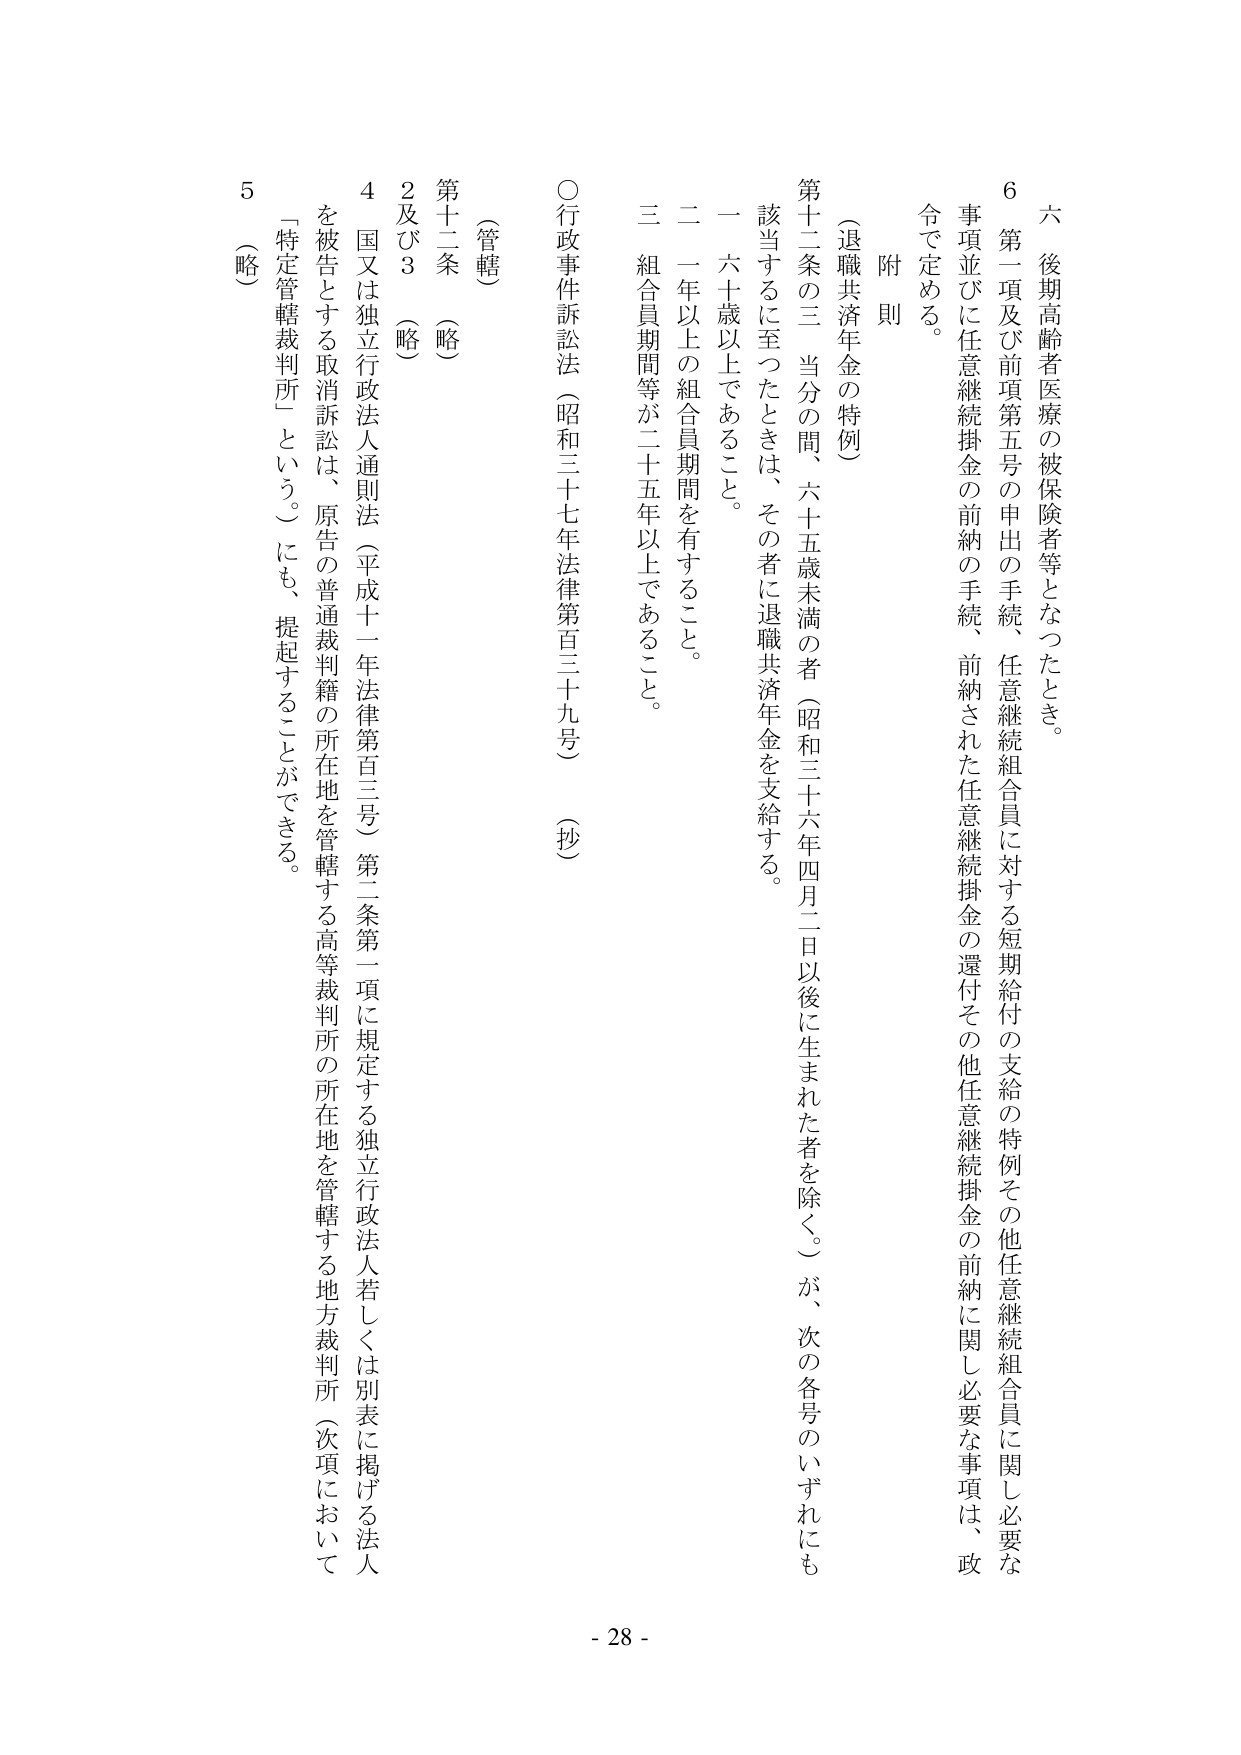
六 後期高齢者医療の被保険者等となったとき。
6 第一項及び前項第五号の申出の手続、任意継続組合員に対する短期給付の支給の特例その他任意継続組合員に関し必要な事項並びに任意継続掛金の前納の手続、前納された任意継続掛金の還付その他任意継続掛金の前納に関し必要な事項は、政令で定める。

附則

（退職共済年金の特例）
第十二条の三 当分の間、六十五歳未満の者（昭和三十六年四月二日以後に生まれた者を除く。）が、次の各号のいずれにも該当するに至ったときは、その者に退職共済年金を支給する。
一 六十歳以上であること。
二 一年以上の組合員期間を有すること。
三 組合員期間等が二十五年以上であること。

○ 行政事件訴訟法（昭和三十七年法律第百三十九号）（抄）

（管轄）
第十二条 （略）
2及び3 （略）
4 国又は独立行政法人通則法（平成十一年法律第百三号）第二条第一項に規定する独立行政法人若しくは別表に掲げる法人を被告とする取消訴訟は、原告の普通裁判籍の所在地を管轄する高等裁判所の所在地を管轄する地方裁判所（次項において「特定管轄裁判所」という。）にも、提起することができる。
5 （略）

- 28 -